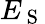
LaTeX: E_{\mathrm{~S~}}